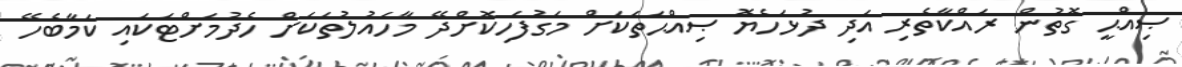
ޞިއްޙީ ގޮތުން ރައްކާތެރި އަދި ދުޅަހެޔޮ ޞިއްޙަތަކަށް މަގުފަހިކޮށްދޭ މާހައުލުތަކަށް ހެދުމަށްޓަކައި ކަމާބެހޭ